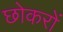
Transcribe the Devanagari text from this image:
छोकरों